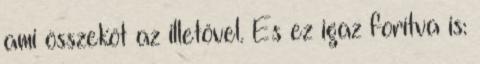
ami összeköt az illetővel. És ez igaz forítva is: